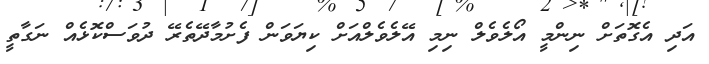
އަދި އެގޮތަށް ނިންމީ އޯލެވެލް ނިމި އޭލެވެލްއަށް ކިޔަވަން ފެށުމާދޭތެރޭ ދުވަސްކޮޅެއް ނަގާތީ